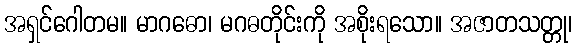
အရှင်ဂေါတမ။ မာဂဓော၊ မဂဓတိုင်းကို အစိုးရသော။ အဇာတသတ္တု၊